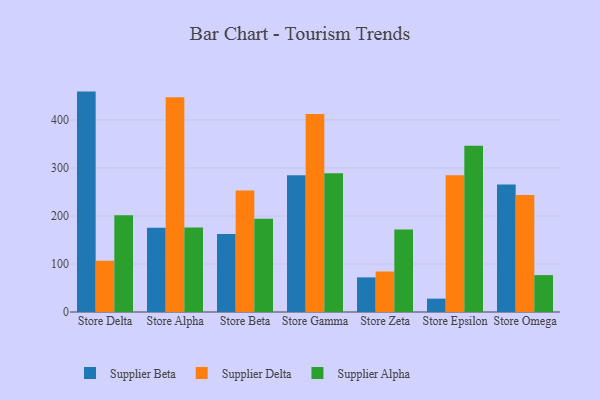
{"axis": {"x": "Store", "y": "Net Income (USD K)"}, "legend": ["Supplier Alpha", "Supplier Beta", "Supplier Delta"], "data": [{"x": "Store Delta", "y": 459.1, "type": "Supplier Beta"}, {"x": "Store Delta", "y": 106.7, "type": "Supplier Delta"}, {"x": "Store Delta", "y": 201.3, "type": "Supplier Alpha"}, {"x": "Store Alpha", "y": 175.5, "type": "Supplier Beta"}, {"x": "Store Alpha", "y": 447.4, "type": "Supplier Delta"}, {"x": "Store Alpha", "y": 175.9, "type": "Supplier Alpha"}, {"x": "Store Beta", "y": 162.4, "type": "Supplier Beta"}, {"x": "Store Beta", "y": 253.0, "type": "Supplier Delta"}, {"x": "Store Beta", "y": 194.3, "type": "Supplier Alpha"}, {"x": "Store Gamma", "y": 285.1, "type": "Supplier Beta"}, {"x": "Store Gamma", "y": 412.5, "type": "Supplier Delta"}, {"x": "Store Gamma", "y": 289.1, "type": "Supplier Alpha"}, {"x": "Store Zeta", "y": 72.1, "type": "Supplier Beta"}, {"x": "Store Zeta", "y": 84.4, "type": "Supplier Delta"}, {"x": "Store Zeta", "y": 171.7, "type": "Supplier Alpha"}, {"x": "Store Epsilon", "y": 27.8, "type": "Supplier Beta"}, {"x": "Store Epsilon", "y": 285.0, "type": "Supplier Delta"}, {"x": "Store Epsilon", "y": 346.4, "type": "Supplier Alpha"}, {"x": "Store Omega", "y": 265.5, "type": "Supplier Beta"}, {"x": "Store Omega", "y": 243.5, "type": "Supplier Delta"}, {"x": "Store Omega", "y": 76.8, "type": "Supplier Alpha"}]}